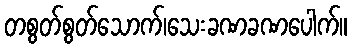
တစွတ်စွတ်သောက်၊သေးခဏခဏပေါက်။